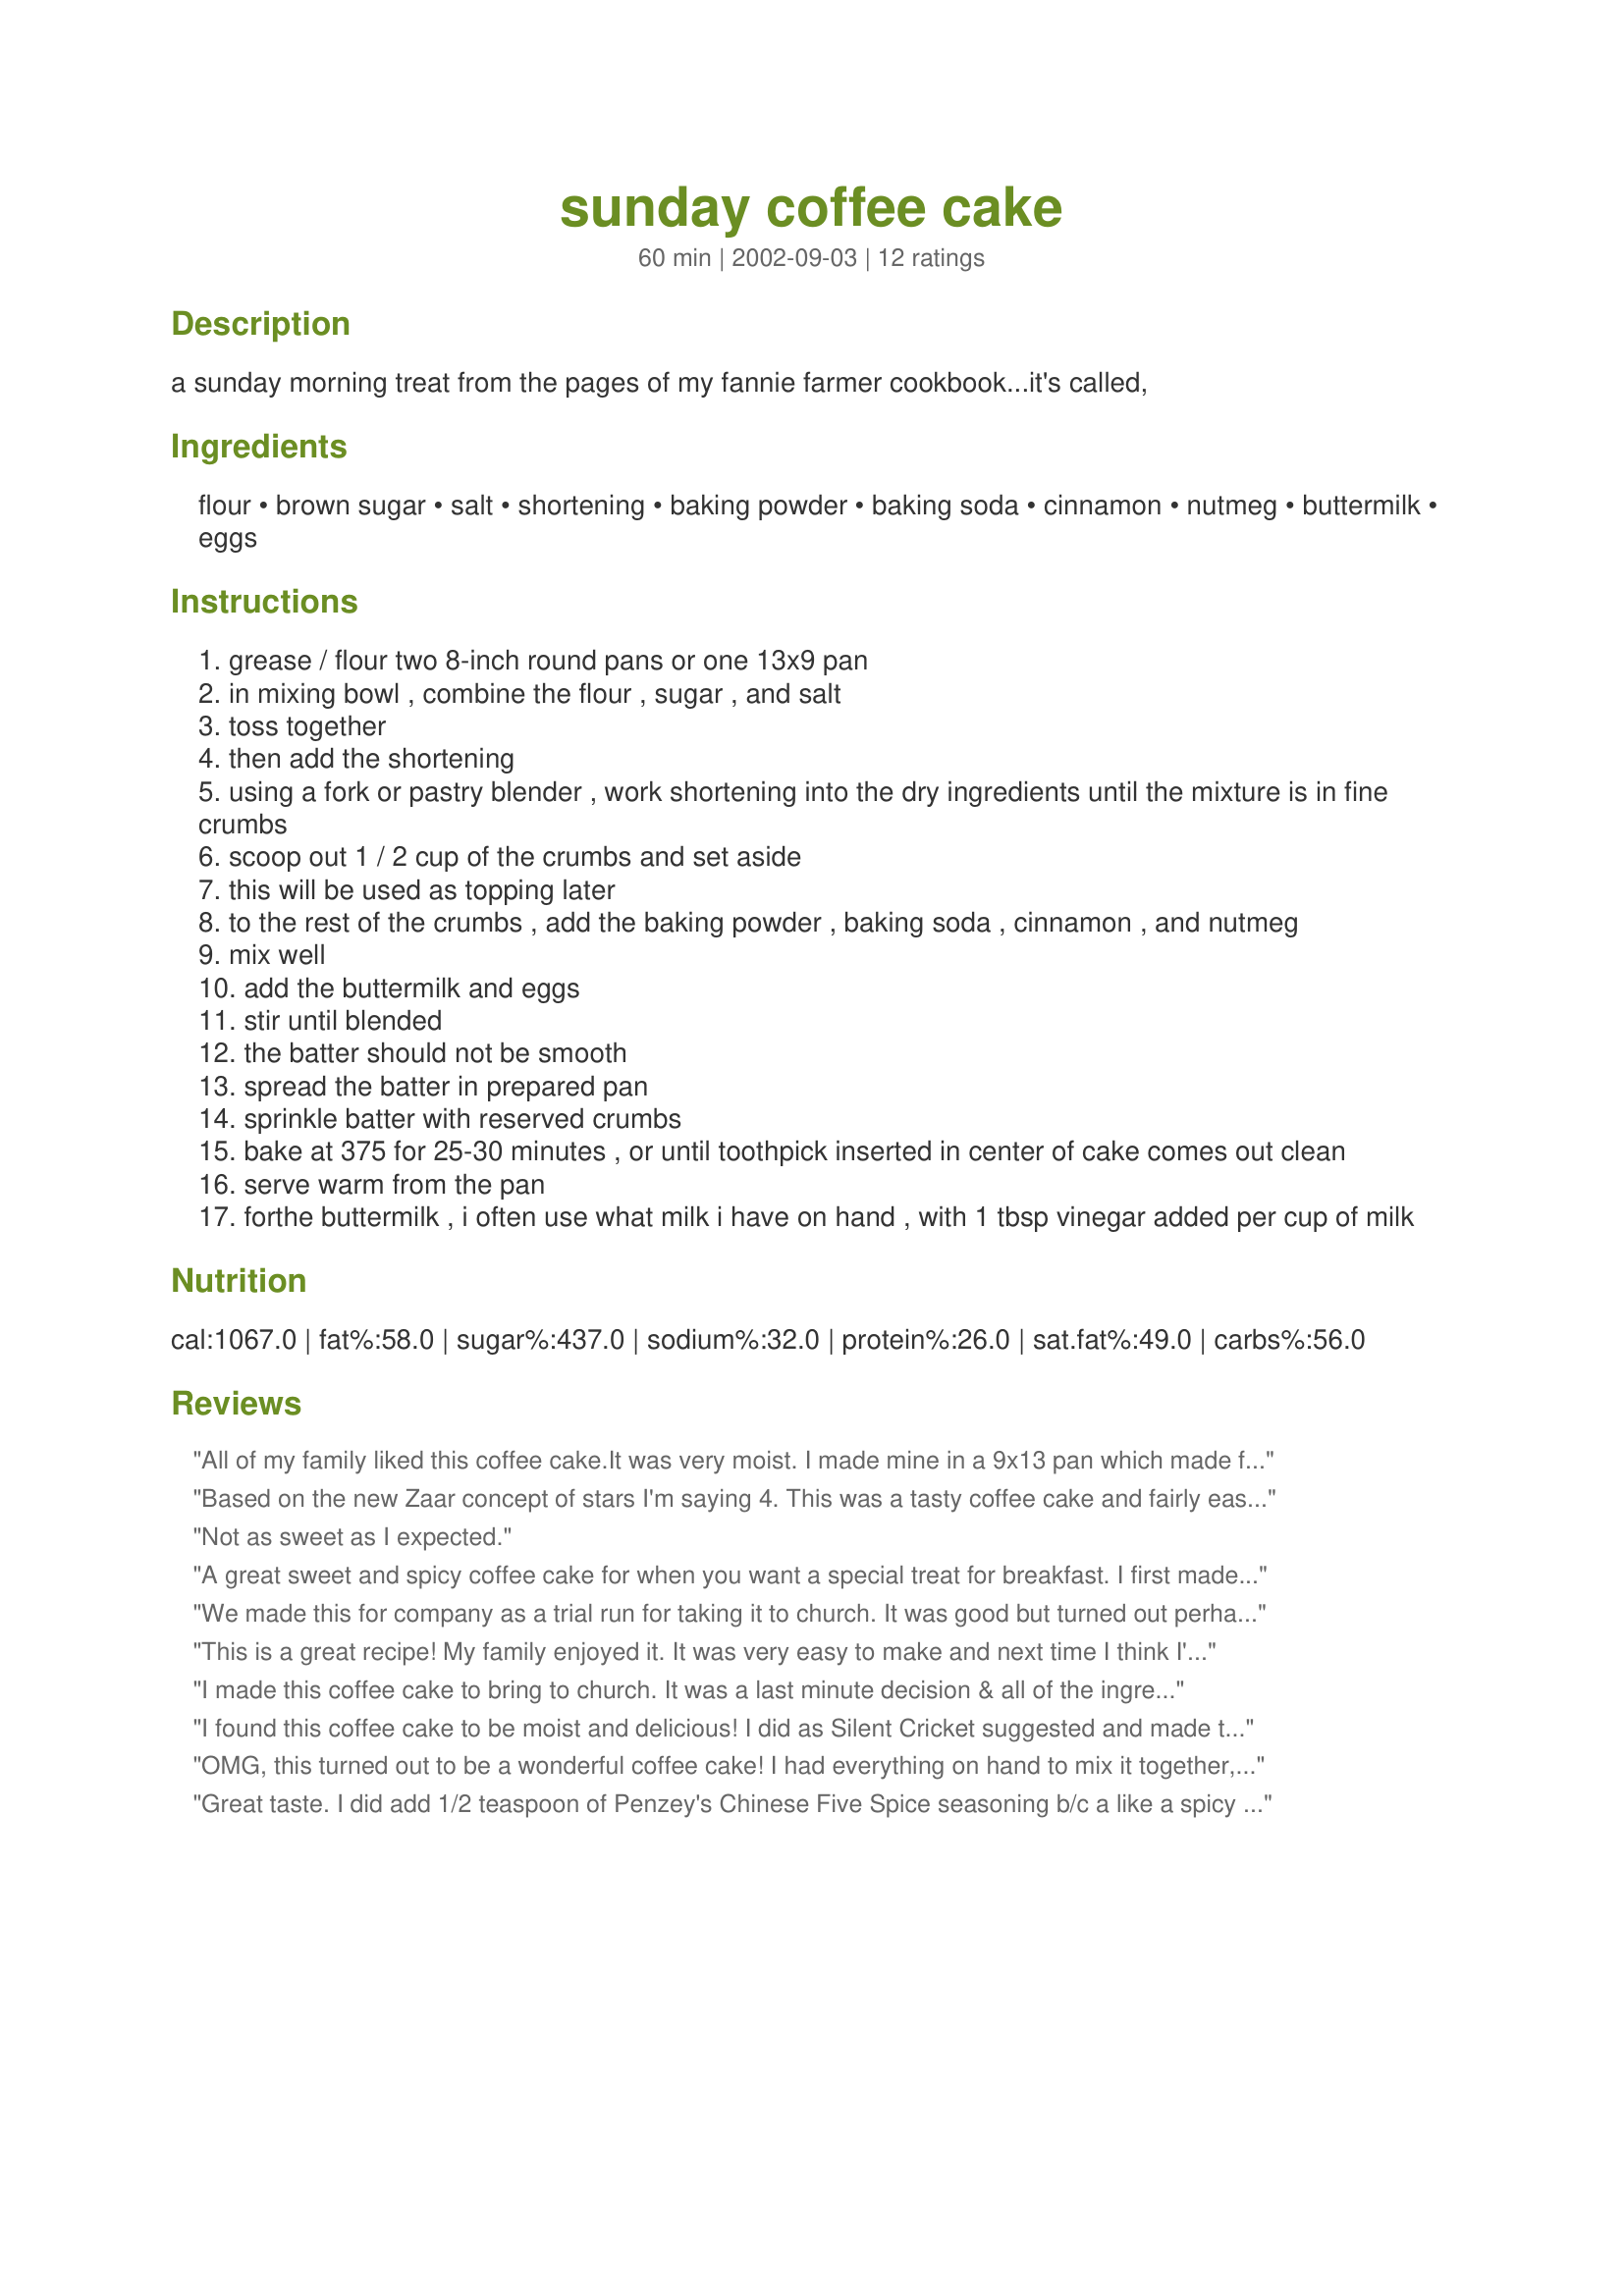
sunday coffee cake
Preparation time: 60 minutes

a sunday morning treat from the pages of my fannie farmer cookbook...it's called,

Ingredients:
flour, brown sugar, salt, shortening, baking powder, baking soda, cinnamon, nutmeg, buttermilk, eggs

Steps:
grease / flour two 8-inch round pans or one 13x9 pan
in mixing bowl , combine the flour , sugar , and salt
toss together
then add the shortening
using a fork or pastry blender , work shortening into the dry ingredients until the mixture is in fine crumbs
scoop out 1 / 2 cup of the crumbs and set aside
this will be used as topping later
to the rest of the crumbs , add the baking powder , baking soda , cinnamon , and nutmeg
mix well
add the buttermilk and eggs
stir until blended
the batter should not be smooth
spread the batter in prepared pan
sprinkle batter with reserved crumbs
bake at 375 for 25-30 minutes , or until toothpick inserted in center of cake comes out clean
serve warm from the pan
forthe buttermilk , i often use what milk i have on hand , with 1 tbsp vinegar added per cup of milk

Reviews:
All of my family liked this coffee cake.It was very moist. I made mine in a 9x13 pan which made for leftovers and the cake was still moist for a few days. 

Thanks SilentCricket. 

Bullwinkle.
Based on the new Zaar concept of stars I'm saying 4. This was a tasty coffee cake and fairly easy to prepare. I baked it in a 9x13 Pyrex dish for 30 minutes. DH and our guests thoroughly enjoyed it. I know I made this before a couple years ago but apparently never reviewed it then. Anyway, it was a good repeat performance.
Not as sweet as I expected.
A great sweet and spicy coffee cake for when you want a special treat for breakfast. I first made this quite awhile ago and have repeated a few times since, but only just realized I never reviewed it. This is one you'll want to repeat.
We made this for company as a trial run for taking it to church. It was good but turned out perhaps too crumbly both times to serve for 'walk-about' eating. I also think I might try subbing butter/margarine for half of the shortening in the topping, for a fuller flavor. But it's definitely a keeper for quick weekend breakfasts at home!
This is a great recipe! My family enjoyed it. It was very easy to make and next time I think I'll add pecans or walnuts to the bottom mixture.
I made this coffee cake to bring to church. It was a last minute decision & all of the ingredients were right on hand. It was extremely easy to make, and very, very good. I agree with Bev that some chopped apple would be a nice addition.
I found this coffee cake to be moist and delicious! I did as Silent Cricket suggested and made this in a 13x9" pan. I loved the brown sugar, cinnamon and nutmeg combination and with every bite, I almost expected to taste a bit of apple or walnut or pecan. I think the next time I prepare this wonderful cake for breakfast or snacking, I might include some chopped apple and sprinkle some chopped nuts on top!
OMG, this turned out to be a wonderful coffee cake! I had everything on hand to mix it together, and have it ready for breakfast this morning ... Sunday morning, no less! I made 2 8" round cakes, and they were sweet, cinnamony, and just plain tasty!
I made this for our Silent Cricket Cook-A-Thon, and am very glad I did! Yummie recipe!
Laudee
Great taste. I did add 1/2 teaspoon of Penzey's Chinese Five Spice seasoning b/c a like a spicy cake. It was very light and fluffy. Mine did fall but I was in a hurry and jostled them more than was good for them. Great with a mug of postum or hot apple cider.
I made this for breakfast today and it is gone tonight. It was moist and had good flavor. This family gives 7 thumbs up.
This cake was good. I used butter flavored Crisco, but will try butter next time.
